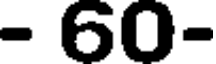
- 60-